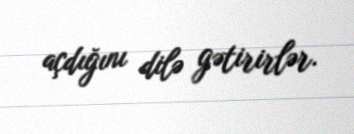
açdığını dilə gətirirlər.